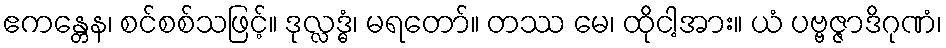
ဧကန္တေန၊ စင်စစ်သဖြင့်။ ဒုလ္လဒ္ဓံ၊ မရတော်။ တဿ မေ၊ ထိုငါ့အား။ ယံ ပဗ္ဗဇ္ဇာဒိဂုဏံ၊